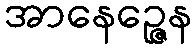
အာနေဉ္ဇေန